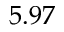
5 . 9 7